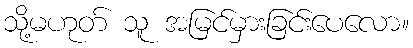
သို့မဟုတ် သူ အမြင်မှားခြင်းပေလော။